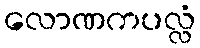
လောဏကပလ္လံ